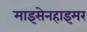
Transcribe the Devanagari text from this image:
माइसेनहाइमर